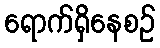
ရောက်ရှိနေစဉ်